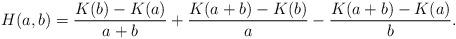
LaTeX: \begin{align*}H(a,b)= \frac{K(b)-K(a)}{a+b}+\frac{K(a+b)-K(b)}{a}-\frac{K(a+b)-K(a)}{b}.\end{align*}